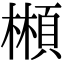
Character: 䫐